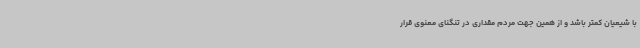
با شیعیان کمتر باشد و از همین جهت مردم مقداری در تنگنای معنوی قرار